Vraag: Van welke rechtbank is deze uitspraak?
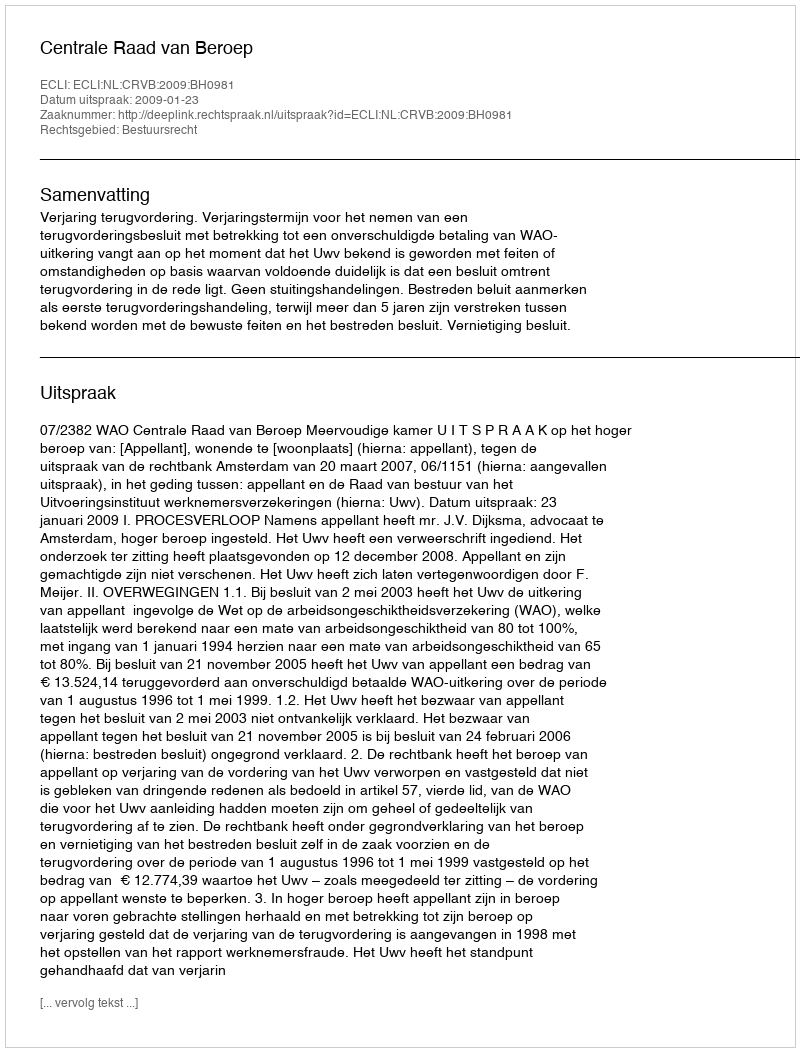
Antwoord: Centrale Raad van Beroep